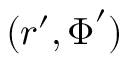
( \boldsymbol r ^ { \prime } , \boldsymbol \Phi ^ { \prime } )